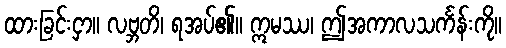
ထားခြင်းငှာ။ လဗ္ဘတိ၊ ရအပ်၏။ ဣမဿ၊ ဤအကာလသင်္ကန်းကို။